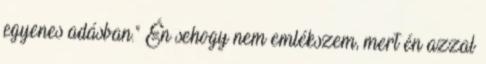
egyenes adásban." Én sehogy nem emlékszem, mert én azzal